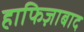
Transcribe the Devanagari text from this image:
हाफिज़ाबाद